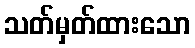
သတ်မှတ်ထားသော